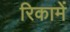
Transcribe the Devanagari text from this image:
रिकामें